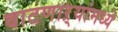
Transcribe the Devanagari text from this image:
वाटणाऱ्यांमध्ये